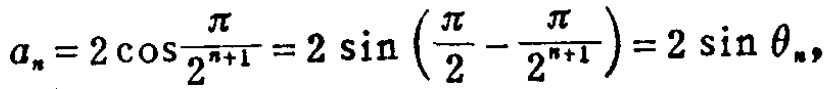
\(a_{n}=2\cos\frac{\pi}{2^{n + 1}}=2\sin\left(\frac{\pi}{2}-\frac{\pi}{2^{n + 1}}\right)=2\sin\theta_{n},\)